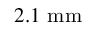
2 . 1 ~ \mathrm { m m }